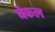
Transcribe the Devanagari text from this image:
बैफल